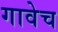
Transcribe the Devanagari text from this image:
गावेच